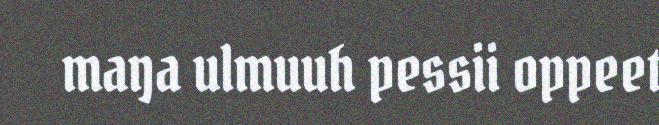
maŋa ulmuuh pessii oppeet